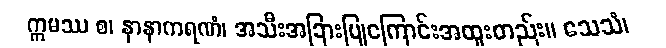
ဣမဿ စ၊ နာနာကရဏံ၊ အသီးအခြားပြုကြောင်းအထူးတည်း။ သေသံ၊